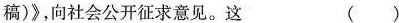
稿)》，向社会公开征求意见。这 ( )